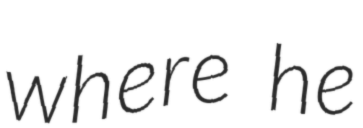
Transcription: where he